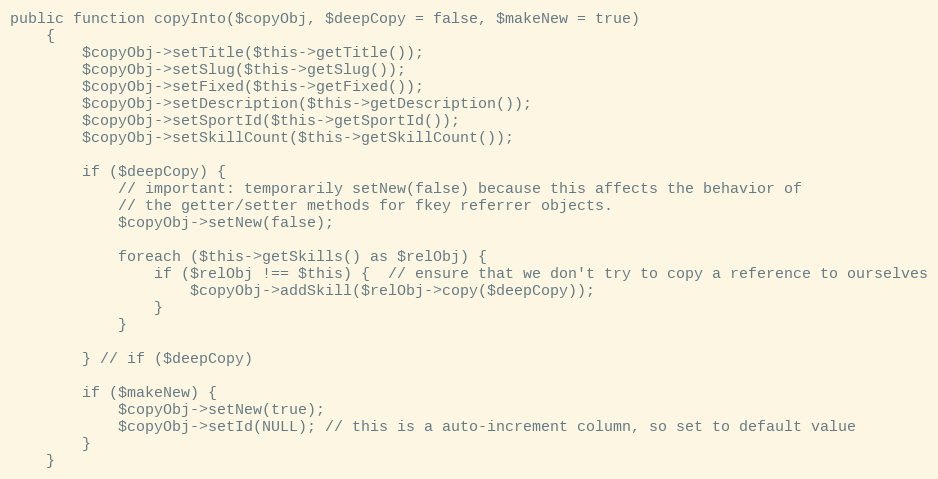
Language: PHP
public function copyInto($copyObj, $deepCopy = false, $makeNew = true)
    {
        $copyObj->setTitle($this->getTitle());
        $copyObj->setSlug($this->getSlug());
        $copyObj->setFixed($this->getFixed());
        $copyObj->setDescription($this->getDescription());
        $copyObj->setSportId($this->getSportId());
        $copyObj->setSkillCount($this->getSkillCount());

        if ($deepCopy) {
            // important: temporarily setNew(false) because this affects the behavior of
            // the getter/setter methods for fkey referrer objects.
            $copyObj->setNew(false);

            foreach ($this->getSkills() as $relObj) {
                if ($relObj !== $this) {  // ensure that we don't try to copy a reference to ourselves
                    $copyObj->addSkill($relObj->copy($deepCopy));
                }
            }

        } // if ($deepCopy)

        if ($makeNew) {
            $copyObj->setNew(true);
            $copyObj->setId(NULL); // this is a auto-increment column, so set to default value
        }
    }